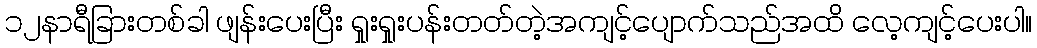
၁၂နာရီခြားတစ်ခါ ဖျန်းပေးပြီး ရှုးရှုးပန်းတတ်တဲ့အကျင့်ပျောက်သည်အထိ လေ့ကျင့်ပေးပါ။